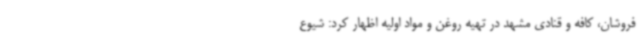
فروشان، کافه و قنادی مشهد در تهیه روغن و مواد اولیه اظهار کرد: شیوع